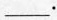
___.